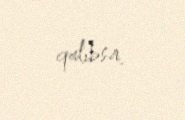
qalıbsa.